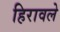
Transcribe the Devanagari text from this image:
हिरावले